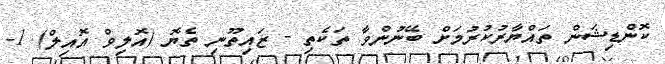
ކޮންޑިޝަން ތައްޔާރުކުރުމަށް ބޭނުންވާ ތަކެތި - ޒައިތޫނި ތެޔޮ (އޮލިވް އޮއިލް) 1-